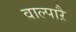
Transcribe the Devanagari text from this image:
वाल्पाऱै